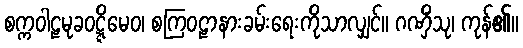
စက္ကဝါဠမုခဝဋ္ဋိမေဝ၊ စကြဝဠာနားခမ်းရေးကိုသာလျှင်။ ဂဏှိံသု၊ ကုန်၏။